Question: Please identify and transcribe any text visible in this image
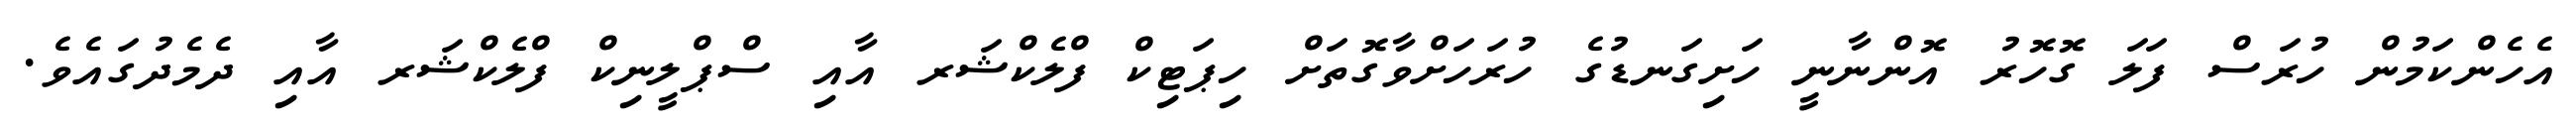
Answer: އެހެންކަމުން ހުރަސް ފަލަ ގޮހޮރު އޮންނާނީ ހަށިގަނޑުގެ ހުރަހަށްވާގޮތަށް ހިޕަޓިކް ފްލެކްޝަރ އާއި ސްޕްލީނިކް ފްލެކްޝަރ އާއި ދެމެދުގައެވެ.